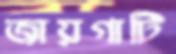
জায়গাটি